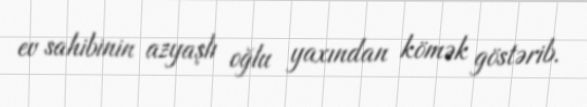
ev sahibinin azyaşlı oğlu yaxından kömək göstərib.